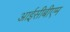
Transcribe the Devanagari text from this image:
आईसीबीएम